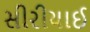
સીરીયાઈ